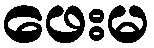
ဖေးမ